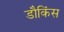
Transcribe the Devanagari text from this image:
डौकिंस